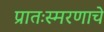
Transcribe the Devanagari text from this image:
प्रातःस्मरणाचे